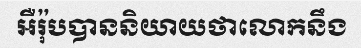
អឺរ៉ុបបាននិយាយថាលោកនឹង